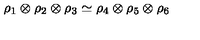
\rho _ { 1 } \otimes \rho _ { 2 } \otimes \rho _ { 3 } \simeq \rho _ { 4 } \otimes \rho _ { 5 } \otimes \rho _ { 6 }